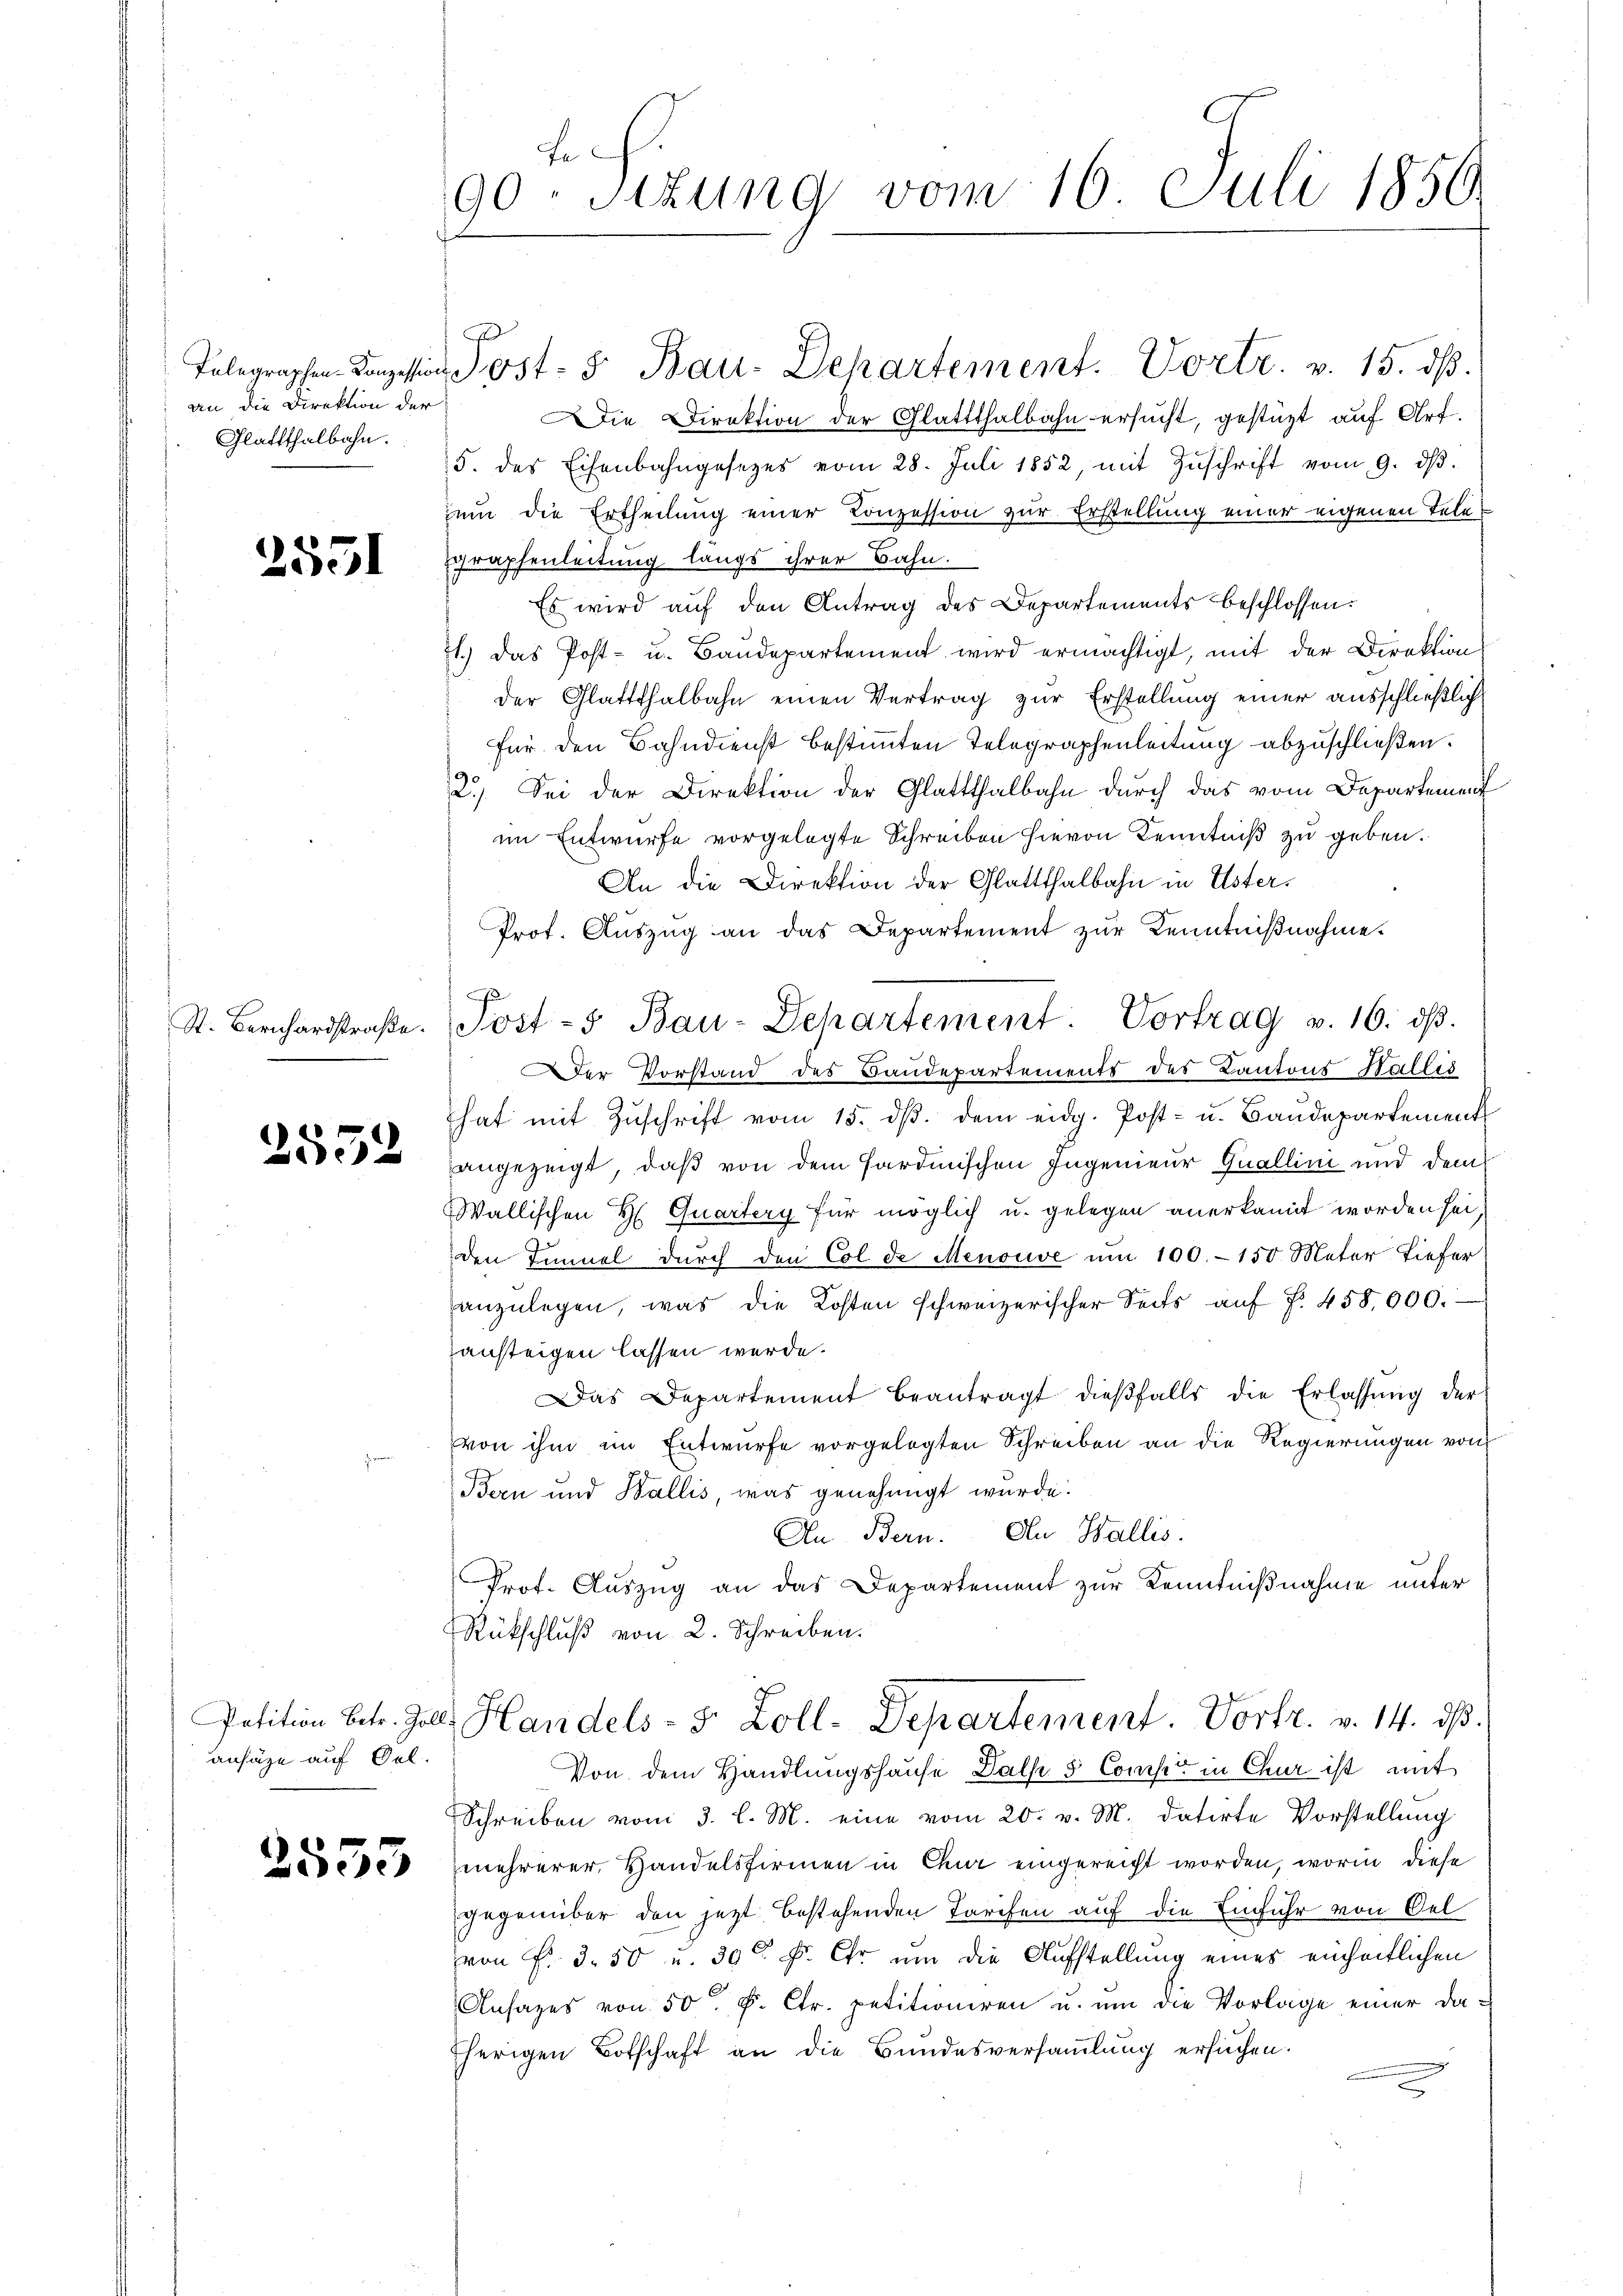
an die Direktion der
Glattthalbahn.

2551

2552

ansähe auf Oel.

2553

Fr
90.sizung vom 16. Juli 1850.

Telegraphen Kanzessin Post- & Bau-Departement. Vortr. v. 15. dß.
ie Direktion der Glattthalbahn ersucht, gestüzt auf Art
5. des Eisenbahngesezes vom 28. Juli 1852, mit Zŭschrift vom 9. dβ.
um die Ertheilung einer Konzession zur Erstellung einer eigenen Telegraphenleitung längs ihrer Bahn.
Es wird auf den Antrag des Departements beschlossen:
71.) Das Post- u. Baudepartement wird ermächtigt, mit der Direktion
der Glattthalbahn einen Vertrag zur Erstellung einer ausschließlich
für den Bahndienst bestimmten Telegraphenleitung abzuschließen.
2.) Sei der Direktion der Glattthalbahn durch das vom Departement
im Entwurfe vorgelegte Schreiben hievon Kenntniß zu geben.
An die Direktion der Glattthalbahn in Usters
Prot. Auszug an das Departement zur Kenntnißnahme.
St. Bernhardstraβe. Post-5 Bau-Departement Vortrag v. 16. dβ.
Der Vorstand des Baudepartements des Kantons Wallis
hat mit Zŭschrift vom 15. dβ. dem eidg. Post- u. Baŭdepartement
angezeigt, daß von dem Hardinischen Ingenieur Quallini und dem
Wallischen H. Quartery für möglich u. gelegen anerkannt worden sei,
den Tinel durch den Col de Menouve um 100.- 150 Meter Tiefer
anzŭlegen, was die Kosten schweizerischer Seits aŭf f. 458,000.
ansteigen lassen werde.
Das Departement beantragt dieβfalls die Erlassŭng der
von ihm im Entwurfe vorgelegten Schreiben an die Regierungen von
Bern und Wallis, was genehmigt wurde.
An Bern. An Wallis.
Prof. Auszug an das Departement zur Kenntnißnahme unter
Rückschluß von 2. Schreiben.
Petition betr. Zoll, Handels- 5 Zoll-Departement. Vortr. v. 14. dß.
Von dem Handlungshause als 5 Comp in Chur ist mit
Schreiben vom 3. l. M. eine vom 20. v. M. datirte Vorstellung
mehrerer Handelsfirmen in Chur eingereicht worden, worin diese
gegenüber den jetzt bestehenden Tarifen auf die Einfuhr von Oel
von Fr. 3. 50 u. 30 f. Er um die Aufstellung eines einheitlichen
Ansages von 50 f. Ctr. petitioniren u. um die Vorlage einer daherigen Botschaft an die Bundesversammlung ersuchen.